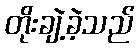
တိုးချဲ့ခဲ့သည်